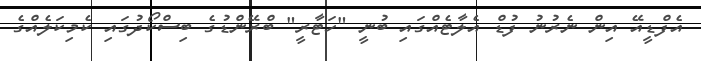
އެފްޑީއޭ އިން ނެރުނު ފުޑް އެލާޓެއްގައި ބުނީ "ހަޓާރީ" ބްރޭންޑުގެ ބިސްކޯދުގައި ކެމިކަލެއްގެ